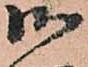
御